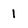
Character: 1